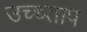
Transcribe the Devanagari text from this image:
उच्च्ताप